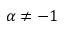
\alpha \ne - 1